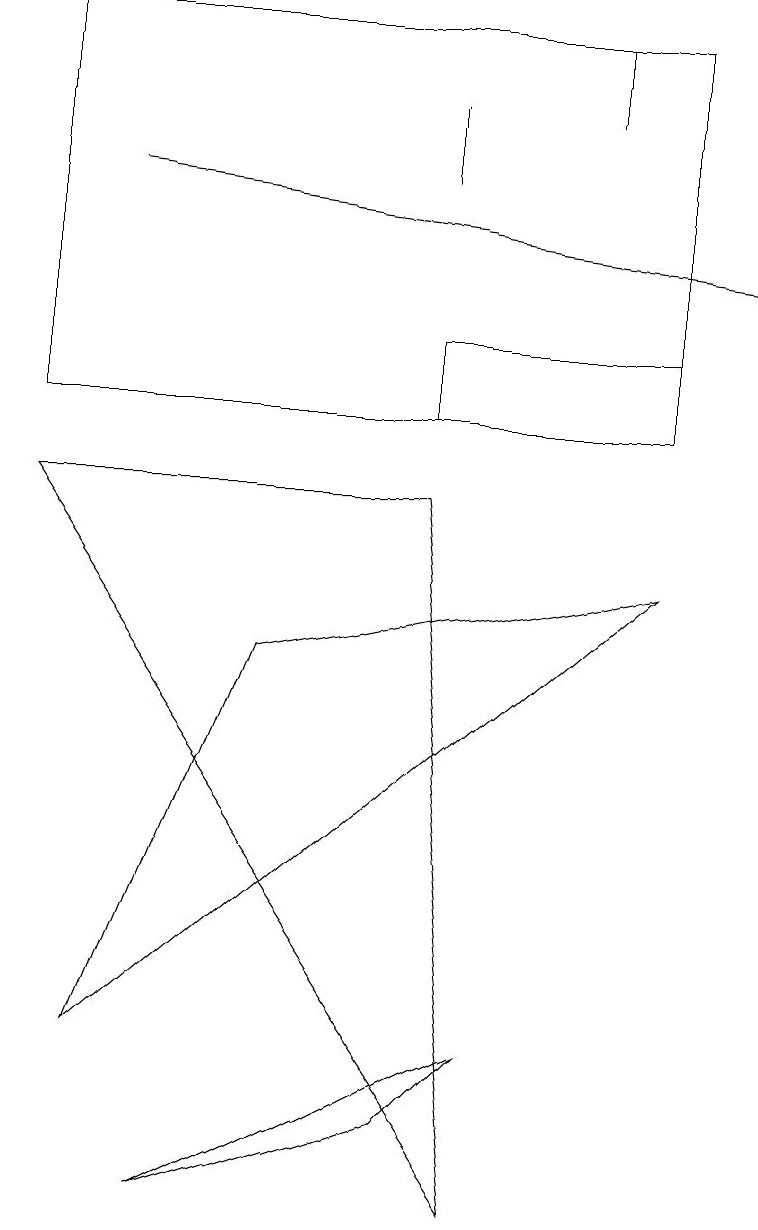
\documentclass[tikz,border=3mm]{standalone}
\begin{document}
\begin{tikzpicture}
\draw (2,0) -- (6,2) -- (5,1) -- cycle;
\draw (8,10) rectangle (5,11);
\draw (8,15) rectangle (0,10);
\draw (3,7) -- (8,8) -- (1,2) -- cycle;
\draw (5,14) rectangle (5,13);
\draw[->] (1,13) -- (9,12);
\draw (7,15) rectangle (7,14);
\draw (6,0) -- (0,9) -- (5,9) -- cycle;
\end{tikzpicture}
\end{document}